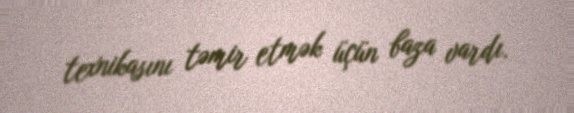
texnikasını təmir etmək üçün baza vardı.